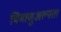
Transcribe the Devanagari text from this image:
बिंबाणुअल्पता